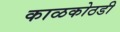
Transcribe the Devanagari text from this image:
काळकोठडी